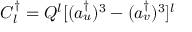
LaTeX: C _ { l } ^ { \dagger } = Q ^ { l } [ ( a _ { u } ^ { \dagger } ) ^ { 3 } - ( a _ { v } ^ { \dagger } ) ^ { 3 } ] ^ { l }